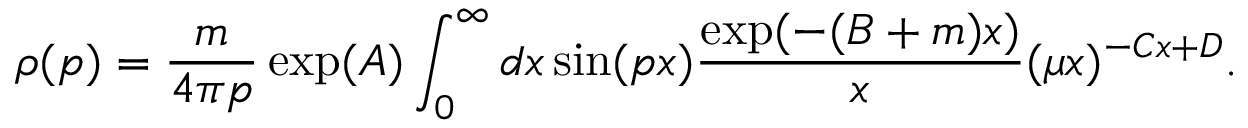
\rho ( p ) = \frac { m } { 4 \pi p } \exp ( A ) \int _ { 0 } ^ { \infty } d x \sin ( p x ) \frac { \exp ( - ( B + m ) x ) } { x } ( \mu x ) ^ { - C x + D } .